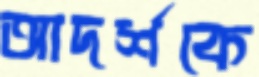
আদর্শকে